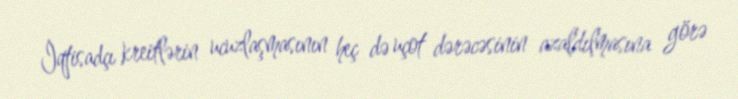
İqtisadçı kreitlərin ucuzlaşmasının heç də uçot dərəcəsinin azaldılmasına görə